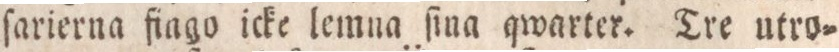
ſarierna fiago icke lemna ſina qwarter. Tre utro=